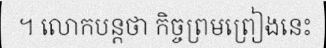
។ លោកបន្តថា កិច្ចព្រមព្រៀងនេះ